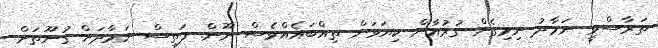
ތަރާސްވީ ނަމާދު ނިމިގެން ގުރުއާން ކިޔަވަން ތިއްބައެއްވެސް ނޫން. ފަތިސް ނަމާދަށް ގުނޫތަށް